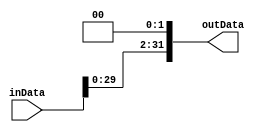
module shiftLeft32bitLeft(inData,outData);
input[31:0] inData;
output reg[31:0] outData;
always@(inData)begin
outData=inData<<2;
end
endmodule

module shiftLeftForJump(inData,outData);
input[25:0] inData;
output reg[27:0] outData;
always@(inData)
begin
outData={inData,2'b0};
end
endmodule